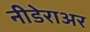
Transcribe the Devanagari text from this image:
नीडेराअर